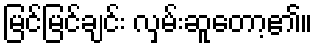
မြင်မြင်ချင်း လှမ်းဆူတော့၏။